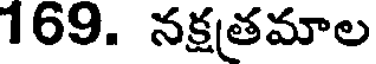
169. నక్షతమాల